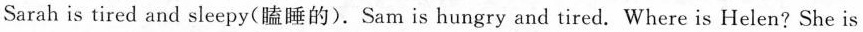
Sarah is tired and sleepy(瞌睡的).Sam is hungry and tired. Where is Helen? She is